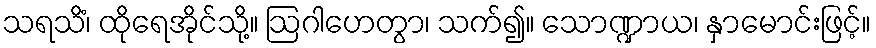
သရသိံ၊ ထိုရေအိုင်သို့။ ဩဂါဟေတွာ၊ သက်၍။ သောဏ္ဍာယ၊ နှာမောင်းဖြင့်။